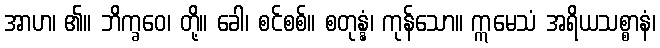
အာဟ၊ ၏။ ဘိက္ခဝေ၊ တို့။ ခေါ၊ စင်စစ်။ စတုန္နံ၊ ကုန်သော။ ဣမေသံ အရိယသစ္စာနံ၊